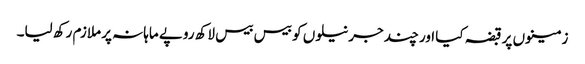
زمینوں پر قبضہ کیا اور چند جرنیلوں کو بیس بیس لاکھ روپے ماہانہ پر ملازم رکھ لیا۔